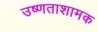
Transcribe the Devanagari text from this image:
उष्णताशामक